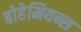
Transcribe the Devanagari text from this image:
बोहेमियन्स